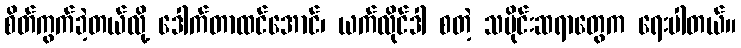
စိတ်ကွက်ခဲ့တယ်လို့ ဒေါက်တာထင်အောင်၊ ယက်လိုင်ဒါ စတဲ့ သမိုင်းဆရာတွေက ရေးပါတယ်။